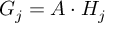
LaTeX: G _ { j } = A \cdot H _ { j }